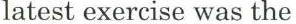
latest exercise was the